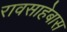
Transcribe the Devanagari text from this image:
रावसाहेबास